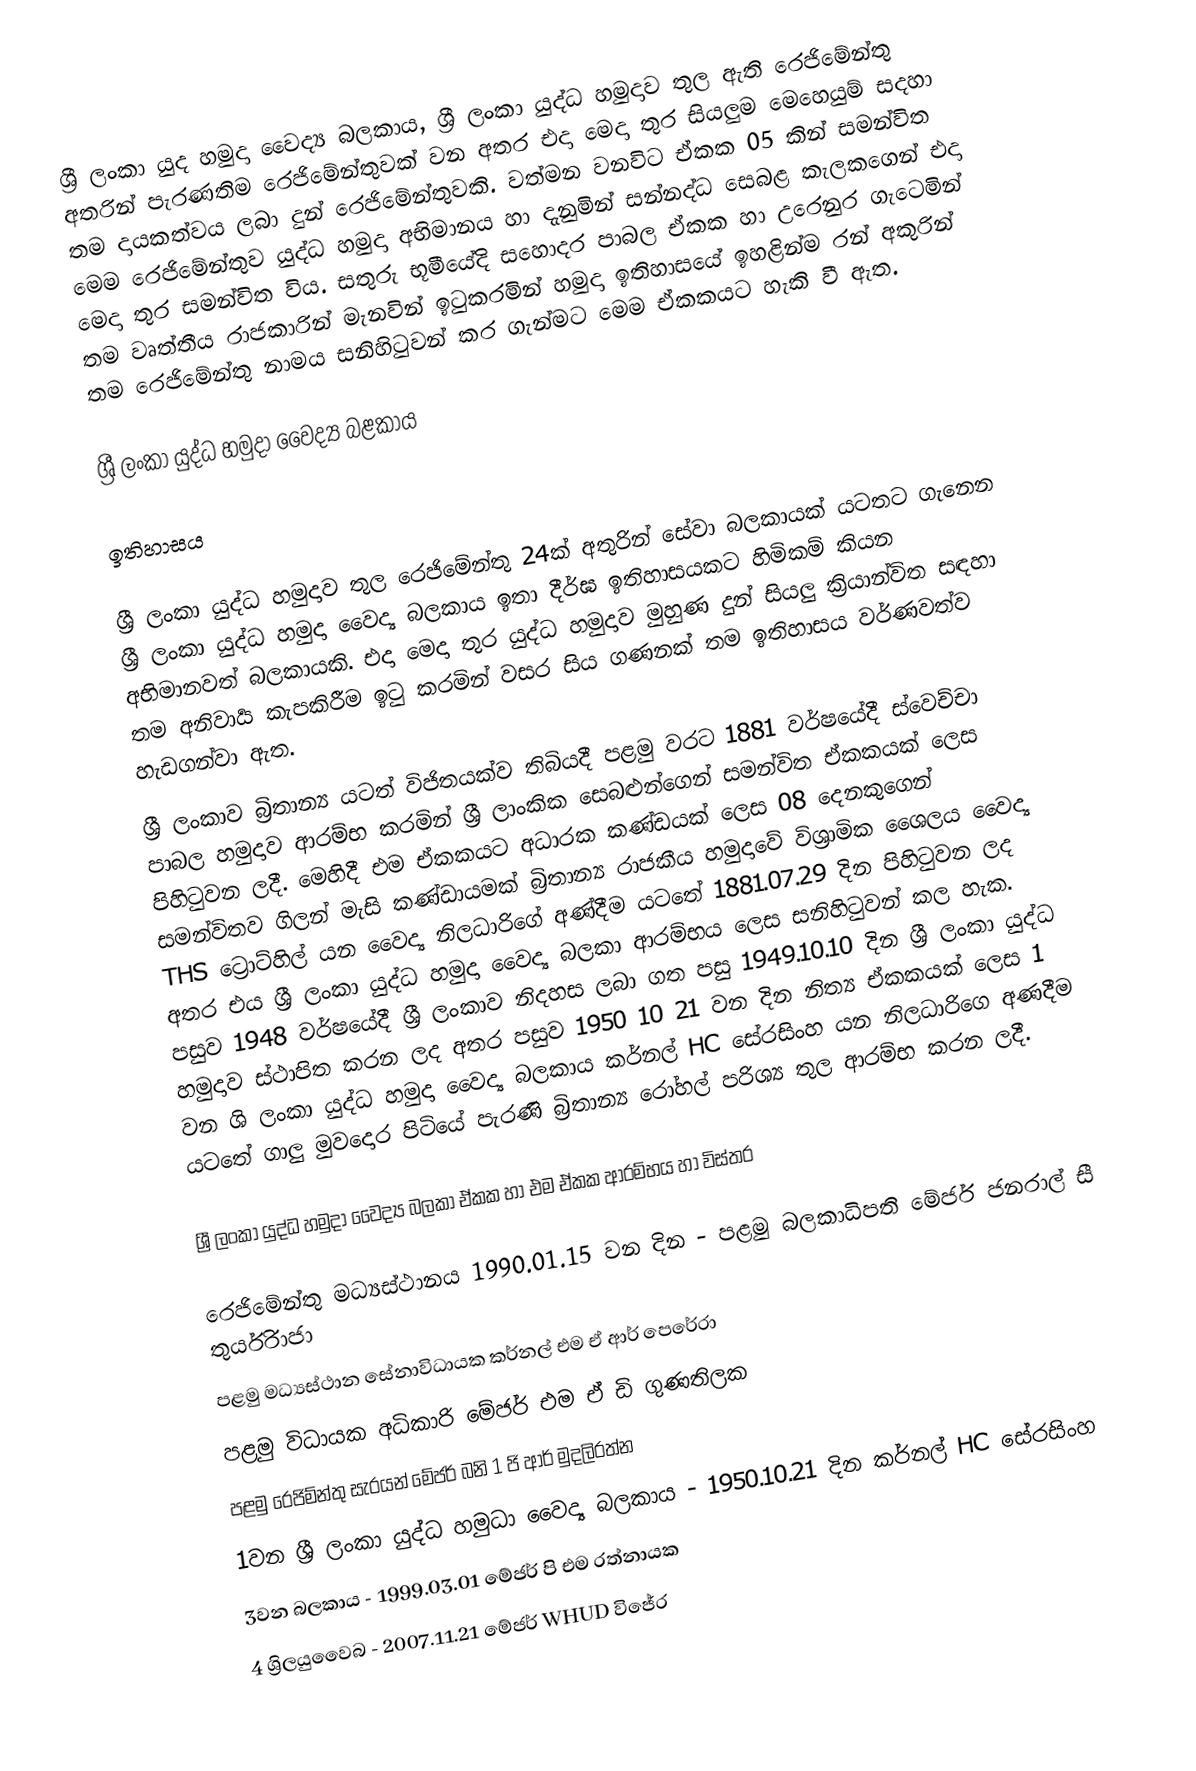
ශ්‍රී ලංකා යුද හමුදා වෛද්‍ය බලකාය, ශ්‍රී ලංකා යුද්ධ හමුදාව තුල ඇති රෙජිමේන්තු අතරින් පැරණතිම රෙජිමේන්තුවක් වන අතර එදා මෙදා තුර සියලුම මෙහෙයුම් සදහා තම දායකත්වය ලබා දුන් රෙජිමේන්තුවකි. වත්මන වනවිට ඒකක 05 කින් සමන්විත මෙම රෙජිමේන්තුව යුද්ධ හමුදා අභිමානය හා දැනුමින් සන්නද්ධ සෙබළ කැලකගෙන් එදා මෙදා තුර සමන්විත විය. සතුරු භූමීයේදි සහොදර පාබල ඒකක හා උරෙනුර ගැටෙමින් තම වෘත්තීය රාජකාරින් මැනවින් ඉටුකරමින් හමුදා ඉතිහාසයේ ඉහළින්ම රන් අකුරින් තම රෙජිමේන්තු නාමය සනිහිටුවන් කර ගැන්මට මෙම ඒකකයට හැකි වී ඇත.

ශ්‍රී ලංකා යුද්ධ හමුදා වෛද්‍ය බළකාය

ඉතිහාසය

ශ්‍රී ලංකා යුද්ධ හමුදාව තුල රෙජිමේන්තු 24ක් අතුරින් සේවා බලකායක් යටතට ගැනෙන ශ්‍රී ලංකා යුද්ධ හමුදා වෛද්‍ය බලකාය ඉතා දීර්ඝ ඉතිහාසයකට හිමිකම් කියන අභිමානවත් බලකායකි. එදා මෙදා තුර යුද්ධ හමුදාව මුහුණ දුන් සියලු ක්‍රියාන්විත සඳහා තම අනිවාර්‍ය කැපකිරීම ඉටු කරමින් වසර සිය ගණනක් තම ඉතිහාසය වර්ණවත්ව හැඩගන්වා ඇත.
ශ්‍රී ලංකාව බ්‍රිතාන්‍ය  යටත් විජිතයක්ව තිබියදී පළමු වරට 1881 වර්ෂයේදී ස්වෙච්චා පාබල හමුදාව ආරම්භ කරමින් ශ්‍රී ලාංකික සෙබළුන්ගෙන් සමන්විත ඒකකයක් ලෙස පිහිටුවන ලදී. මෙහිදී එම ඒකකයට අධාරක කණ්ඩයක් ලෙස  08 දෙනකුගෙන් සමන්විතව ගිලන් මැසි කණ්ඩායමක් බ්‍රිතාන්‍ය රාජකීය හමුදාවේ විශ්‍රාමික ශෛලය වෛද්‍ය  THS ට්‍රොට්හිල් යන වෛද්‍ය නිලධාරිගේ අණ්දීම යටතේ 1881.07.29 දින පිහිටුවන ලද අතර එය ශ්‍රී ලංකා යුද්ධ හමුදා වෛද්‍ය  බලකා ආරම්භය ලෙස සනිහිටුවන් කල හැක. පසුව 1948 වර්ෂයේදී ශ්‍රී ලංකාව නිදහස ලබා ගත පසු 1949.10.10 දින ශ්‍රී ලංකා යුද්ධ හමුදාව ස්ථාපිත කරන ලද අතර පසුව 1950 10 21 වන දින නිත්‍ය ඒකකයක් ලෙස 1 වන ශි ලංකා යුද්ධ හමුදා වෛද්‍ය බලකාය කර්නල් HC සේරසිංහ යන නිලධාරිගෙ අණදීම යටතේ ගාලු මුවදොර පිටියේ පැරණි බ්‍රිතාන්‍ය රෝහල් පරිශ්‍ය තුල ආරම්භ කරන ලදී.

ශ්‍රී ලංකා යුද්ධ හමුදා වෛද්‍ය බලකා ඒකක හා එම ඒකක ආරම්භය හා විස්තර

 රෙජිමේන්තු මධ්‍යස්ථානය 1990.01.15 වන දින -  පළමු බලකාධිපති මේජර් ජනරාල් සී තුර්යිරාජා
                                                                          පළමු මධ්‍යස්ථාන සේනාවිධායක කර්නල් එම ඒ ආර් පෙරේරා
                                                                               පළමු විධායක අධිකාරි මේජර් එම ඒ ඩි ගුණතිලක
                                                                               පළමු රෙජිම්න්තු සැරයන් මේජර් බනි 1 ජි ආර් මුදලිරත්න
 1වන ශ්‍රී ලංකා යුද්ධ හමුධා වෛද්‍ය බලකාය      -   1950.10.21 දින කර්නල් HC සේරසිංහ
 3වන බලකාය                                                  -    1999.03.01 මේජර් පි එම රත්නායක
 4 ශ්‍රිලයුවෛබ                                                    - 2007.11.21 මේජර් WHUD විජේර